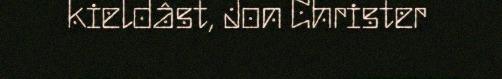
kieldâst, Jon Christer